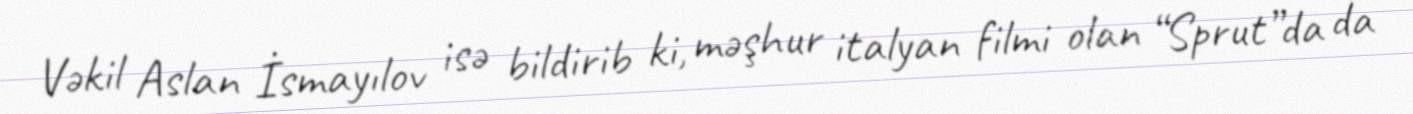
Vəkil Aslan İsmayılov isə bildirib ki, məşhur italyan filmi olan “Sprut”da da